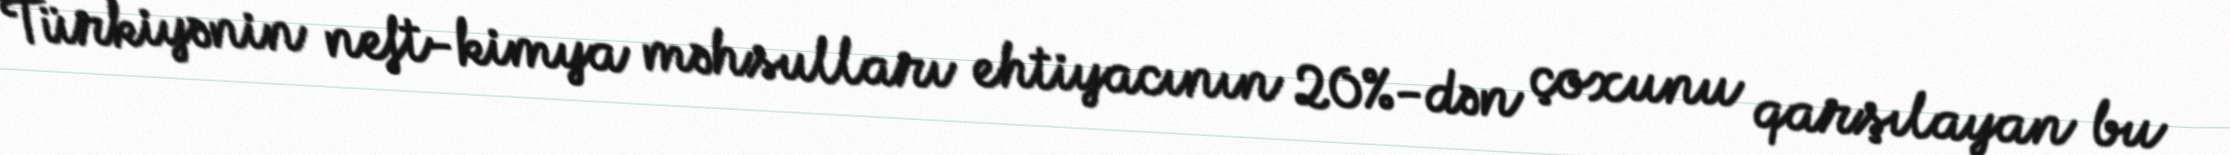
Türkiyənin neft-kimya məhsulları ehtiyacının 20%-dən çoxunu qarşılayan bu